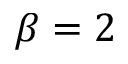
\beta = 2